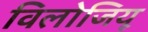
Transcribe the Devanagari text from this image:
विलोजियू